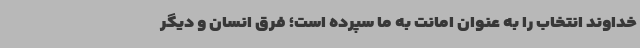
خداوند انتخاب را به عنوان امانت به ما سپرده است؛ فرق انسان و دیگر